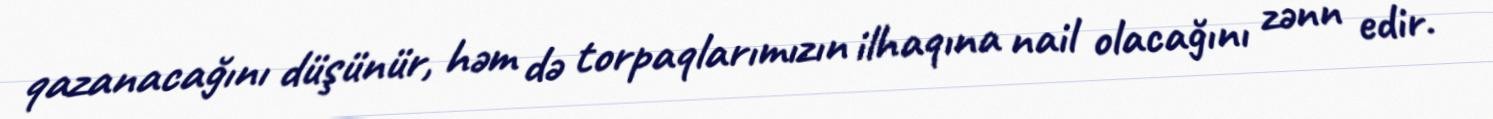
qazanacağını düşünür, həm də torpaqlarımızın ilhaqına nail olacağını zənn edir.